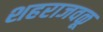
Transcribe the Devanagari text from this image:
शहराजवळू